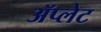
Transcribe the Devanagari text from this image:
ॲप्लेट